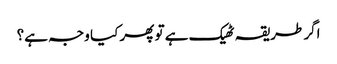
اگر طریقہ ٹھیک ہے تو پھر کیا وجہ ہے؟